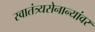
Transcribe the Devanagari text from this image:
स्वातंत्र्यसेनान्यांवर